Calcutta medical institutions reports 1871-78
Year: 1871
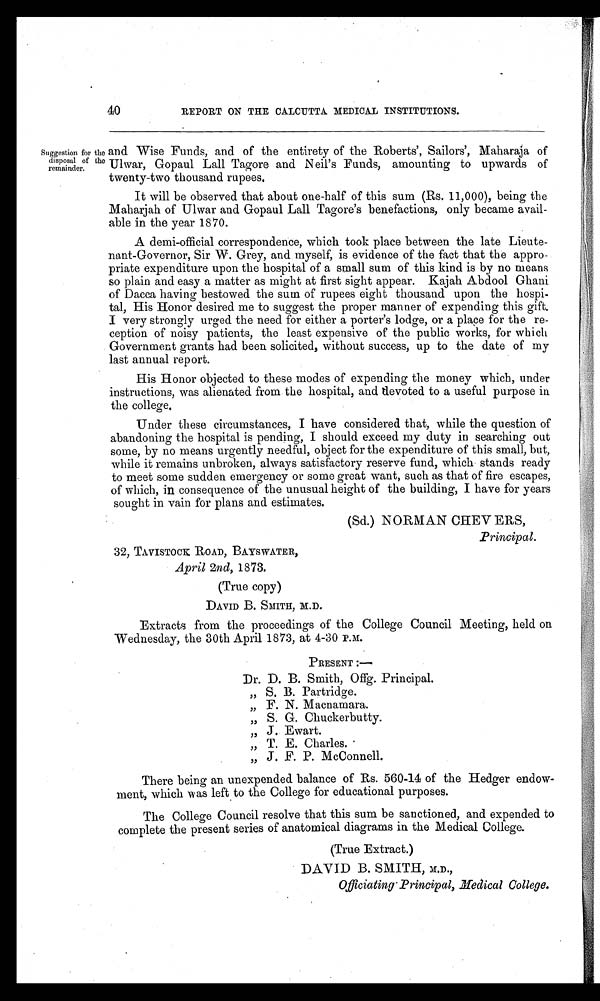
40
REPORT ON THE CALCUTTA MEDICAL INSTITUTIONS.
Suggestion for the
disposal of the
remainder.
and Wise Funds, and of the entirety of the Roberts', Sailors', Maharaja of
Ulwar, Gopaul Lall Tagore and Neil's Funds, amounting to upwards of
twenty-two thousand rupees.
It will be observed that about one-half of this sum (Rs. 11,000), being the
Maharjah of Ulwar and Gopaul Lall Tagore's benefactions, only became avail-
able in the year 1870.
A demi-official correspondence, which took place between the late Lieute-
nant-Governor, Sir W. Grey, and myself, is evidence of the fact that the appro-
priate expenditure upon the hospital of a small sum of this kind is by no means
so plain and easy a matter as might at first sight appear. Kajah Abdool Ghani
of Dacca having bestowed the sum of rupees eight thousand upon the hospi-
tal, His Honor desired me to suggest the proper manner of expending this gift.
I very strongly urged the need for either a porter's lodge, or a place for the re-
ception of noisy patients, the least expensive of the public works, for which
Government grants had been solicited, without success, up to the date of my
last annual report.
His Honor objected to these modes of expending the money which, under
instructions, was alienated from the hospital, and devoted to a useful purpose in
the college.
Under these circumstances, I have considered that, while the question of
abandoning the hospital is pending, I should exceed my duty in searching out
some, by no means urgently needful, object for the expenditure of this small, but,
while it remains unbroken, always satisfactory reserve fund, which stands ready
to meet some sudden emergency or some great want, such as that of fire escapes,
of which, in consequence of the unusual height of the building, I have for years
sought in vain for plans and estimates.
(Sd.) NORMAN CHEVERS,
Principal.
32, TAVISTOCK ROAD, BAYSWATER,
April 2nd, 1873.
(True copy)
DAVID B. SMITH, M.D.
Extracts from the proceedings of the College Council Meeting, held on
Wednesday, the 30th April 1873, at 4-30 P.M.
PRESENT:—
Dr. D. B. Smith, Offg. Principal.
" S . B . P a r t r i d g e .
" F . N . M a c n a m a r a .
" S . G . C h u c k e r b u t t y .
" J . E w a r t .
" T . E . C h a r l e s .
" J . F . P . M c C o n n e l l .
There being an unexpended balance of Rs. 560-14 of the Hedger endow-
ment, which was left to the College for educational purposes.
The College Council resolve that this sum be sanctioned, and expended to
complete the present series of anatomical diagrams in the Medical College.
(True Extract.)
DAVID B. SMITH, M.D.,
Officiating Principal, Medical College.